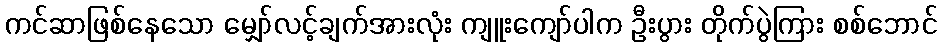
ကင်ဆာဖြစ်နေသော မျှော်လင့်ချက်အားလုံး ကျူးကျော်ပါက ဦးပွား တိုက်ပွဲကြား စစ်ဘောင်